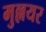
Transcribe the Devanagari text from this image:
मुल्लयर